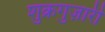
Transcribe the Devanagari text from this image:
शुक्रगुज़ारी